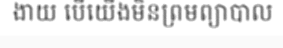
ងាយ បើយើងមិនព្រមព្យាបាល